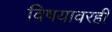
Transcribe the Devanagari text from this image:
विषयावरही